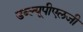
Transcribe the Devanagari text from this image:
डब्ल्यूपीएलजी